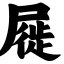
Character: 屣